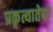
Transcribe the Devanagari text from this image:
प्रकृत्यातेषां